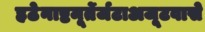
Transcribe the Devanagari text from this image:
हठेनाष्टमूर्तेर्जटाअजूटवासे